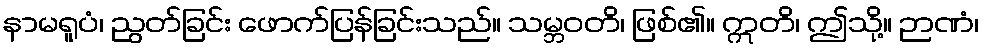
နာမရူပံ၊ ညွတ်ခြင်း ဖောက်ပြန်ခြင်းသည်။ သမ္ဘဝတိ၊ ဖြစ်၏။ ဣတိ၊ ဤသို့။ ဉာဏံ၊